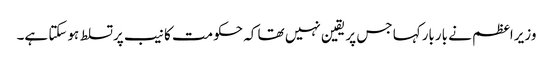
وزیراعظم نے باربارکہا جس پر یقین نہیں تھا کہ حکومت کا نیب پرتسلط ہوسکتا ہے۔